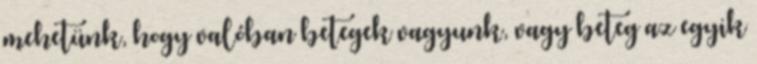
mehetünk, hogy valóban betegek vagyunk, vagy beteg az egyik